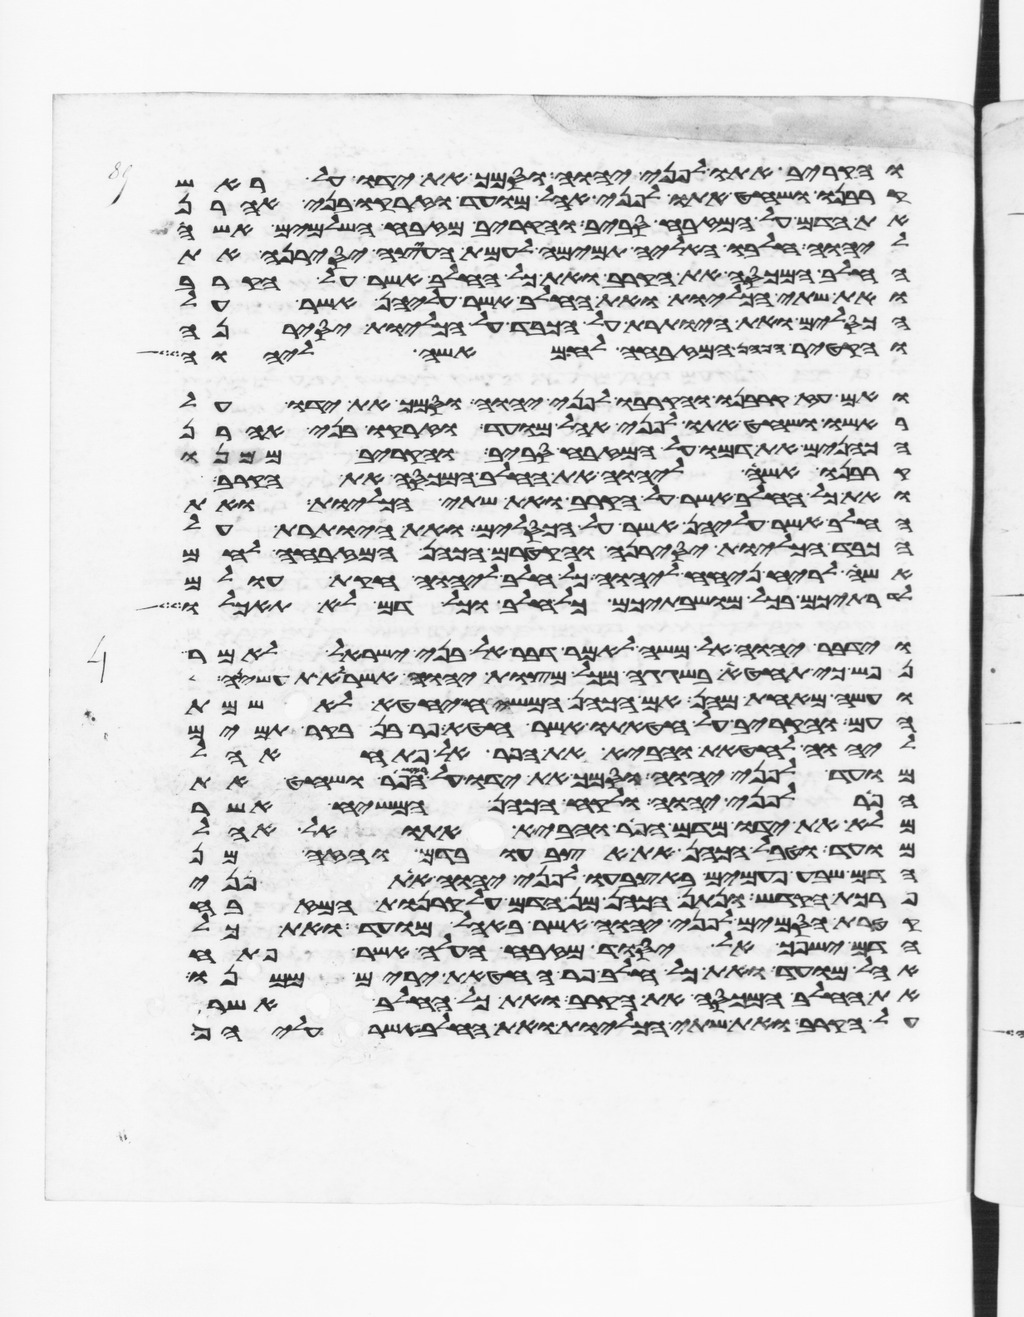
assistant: והקריב אתו לפני יהוה וסמך את ידו על ראש
קרבנו ושחט אתו לפני אהל מועד וזרקו בני אהרן
את הדם על המזבח סביב והקריב מזבח השלמים אשה
ליהוה חלבו האליה תמימה לעמת העצה יסירנה את
החלב המכסה את הקרב ואת כל החלב אשר על הקרב
ואת שתי הכליות ואת החלב אשר עליהן אשר על
הכסלים ואת היותרת על הכבד על הכליות יסירנה
והקטיר הכהן המזבחה לחם אשה ליהוה
ואם עז קרבנו והקריבו לפני יהוה וסמך את ידו על
ראשו ושחט אתו לפני אהל מועד וזרקו בני אהרן
הכהנים את דמו על המזבח סביב והקריב ממנו
קרבנו אשה ליהוה את החלב המכסה את הקרב
ואת כל החלב אשר על הקרב ואת שתי הכליות ואת
החלב אשר עליהן אשר על הכסלים ואת היותרת על
הכבד על הכליות יסירנה והקטירם הכהן המזבחה לחם
אשה לריח ניחח ליהוה כל חלב ליהוה חקת עולם
לדרתיכם בכל מושבתיכם כל חלב וכל דם לא תאכלו
וידבר יהוה אל משה לאמר דבר אל בני ישראל לאמר
נפש כי תחטא בשגגה מכל מצות יהוה אשר לא תעשיהן
ועשה מאחת מהן אם הכהן המשיח יחטא לאשמת
העם והקריב על חטאתו אשר חטא פר בן בקר תמים
ליהוה לחטאת והביא את הפר אל פתח אהל
מועד לפני יהוה וסמך את ידו על ראש הפר ושחט את
הפר לפני יהוה ולקח הכהן המשיח אשר
מלא את ידו מדם הפר והביא אתו אל אהל
מועד וטבל הכהן את אצבעו בדם והזה מן
הדם שבע פעמים באצבעו לפני יהוה את פני
פרכת הקדש ונתן הכהן מן הדם על קרנות המזבח
קטרת הסמים לפני יהוה אשר באהל מועד ואת כל
הדם ישפך אל יסוד מזבח העלה אשר פתח
אהל מועד ואת כל חלב פר החטאת ירים ממנו
את החלב המכסה את הקרב ואת כל החלב אשר
על הקרב ואת שתי הכליות ואת החלב אשר עליהן